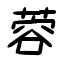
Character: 蓉